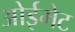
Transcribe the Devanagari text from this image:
ओईमेट